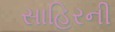
સાહિરની